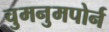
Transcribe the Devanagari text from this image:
चुमनुमपोर्न